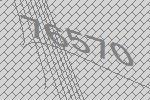
76570